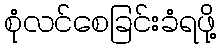
စုံလင်စေခြင်းခံရဖို့